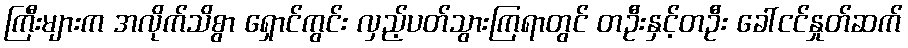
ကြီးများက အလိုက်သိစွာ ရှောင်ကွင်း လှည့်ပတ်သွားကြရာတွင် တဦးနှင့်တဦး ခေါ်ငင်နှုတ်ဆက်